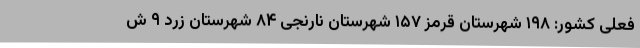
فعلی کشور: ۱۹۸ شهرستان قرمز ۱۵۷ شهرستان نارنجی ۸۴ شهرستان زرد ۹ ش